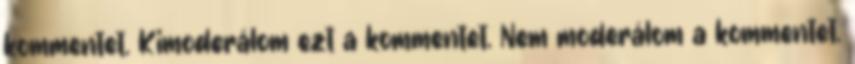
kommentet. Kimoderálom ezt a kommentet. Nem moderálom a kommentet.